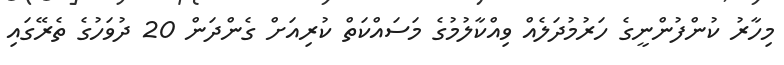
މިހާރު ކުންފުންނީގެ ހަރުމުދަލެއް ވިއްކާލުމުގެ މަސައްކަތް ކުރިއަށް ގެންދަން 20 ދުވަހުގެ ތެރޭގައި